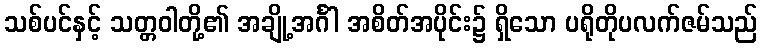
သစ်ပင်နှင့် သတ္တဝါတို့၏ အချို့အင်္ဂါ အစိတ်အပိုင်း၌ ရှိသော ပရိုတိုပလက်ဇမ်သည်